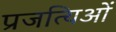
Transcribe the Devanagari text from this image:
प्रजत्यिओं